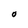
Character: O